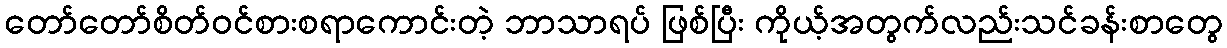
တော်တော်စိတ်ဝင်စားစရာကောင်းတဲ့ ဘာသာရပ် ဖြစ်ပြီး ကိုယ့်အတွက်လည်းသင်ခန်းစာတွေ